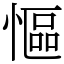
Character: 慪